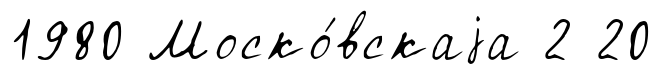
1980 Моско́вскаjа 2 20